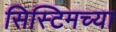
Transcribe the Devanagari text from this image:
सिस्टिमच्या